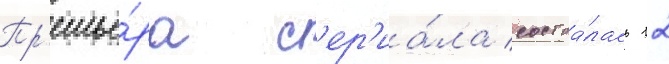
Пр'емье́ра с'ер'иа́ла состоа́лась 12